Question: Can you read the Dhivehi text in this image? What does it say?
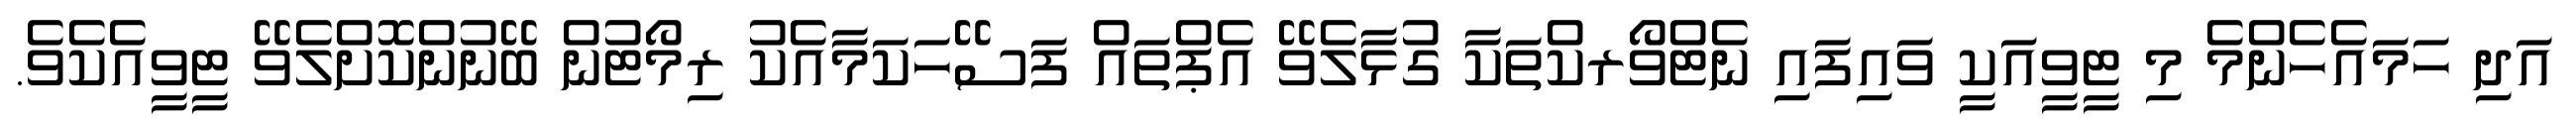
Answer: އަދި ހަމައެހެންމެ މި ޓީވީއަކީ ވައިފައި ނެޓްވޯރކްތަކާ ގުޅާލެވޭ އެޕްތައް ފަސޭހަކަމާއެކު ރިމޯޓުން ބޭނުންކޮށްލެވޭ ޓީވީއެކެވެ.